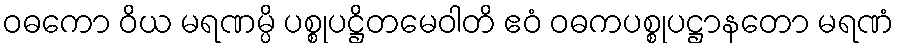
ဝဓကော ဝိယ မရဏမ္ပိ ပစ္စုပဋ္ဌိတမေဝါတိ ဧဝံ ဝဓကပစ္စုပဋ္ဌာနတော မရဏံ